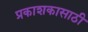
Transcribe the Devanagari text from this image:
प्रकाशकासाठी